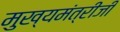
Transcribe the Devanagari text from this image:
मुख्यमंत्रीजी